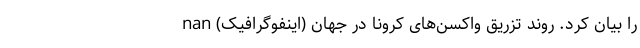
را بیان کرد. روند تزریق واکسن‌های کرونا در جهان (اینفوگرافیک) nan